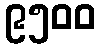
၉၅၀၀